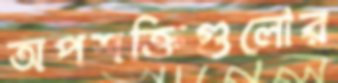
অপশক্তিগুলোর